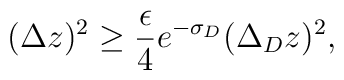
(\Delta z)^2\ge {\epsilon \over 4}e^{-\sigma_D} (\Delta_D z)^2,